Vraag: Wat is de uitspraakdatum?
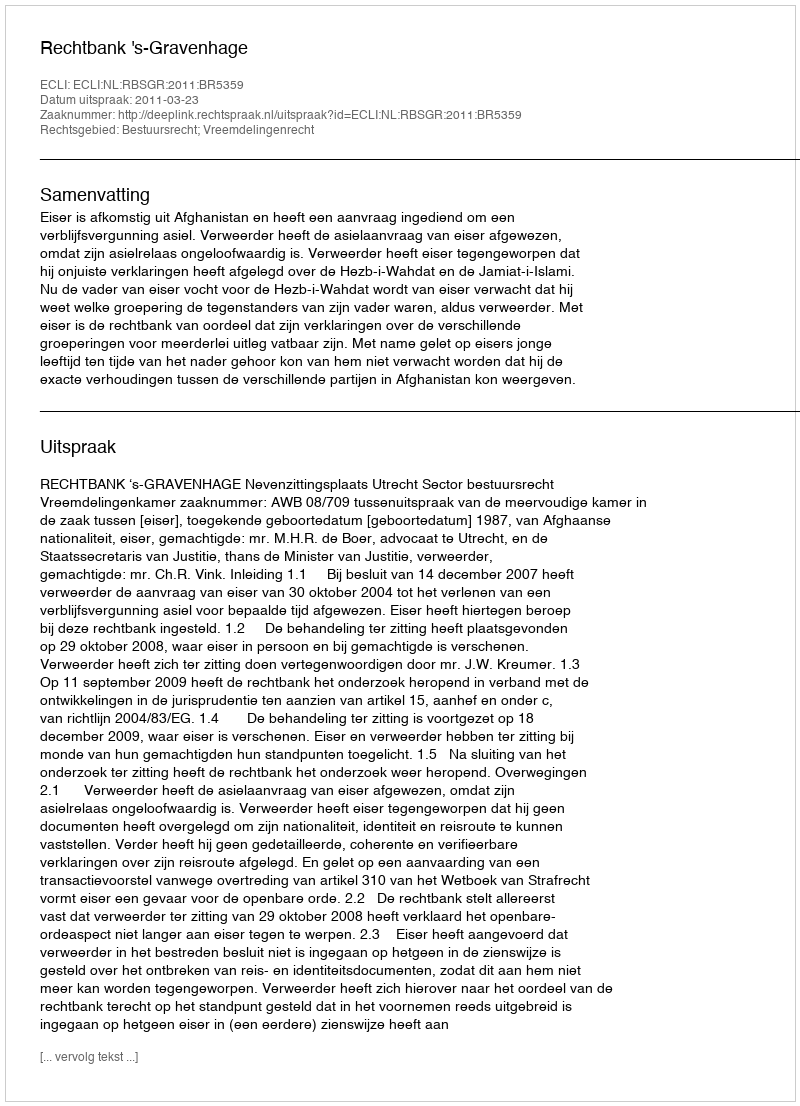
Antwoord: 2011-03-23